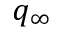
q _ { \infty }